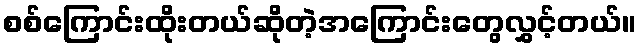
စစ်ကြောင်းထိုးတယ်ဆိုတဲ့အကြောင်းတွေလွှင့်တယ်။